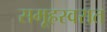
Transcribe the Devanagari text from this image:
समूहस्वरात